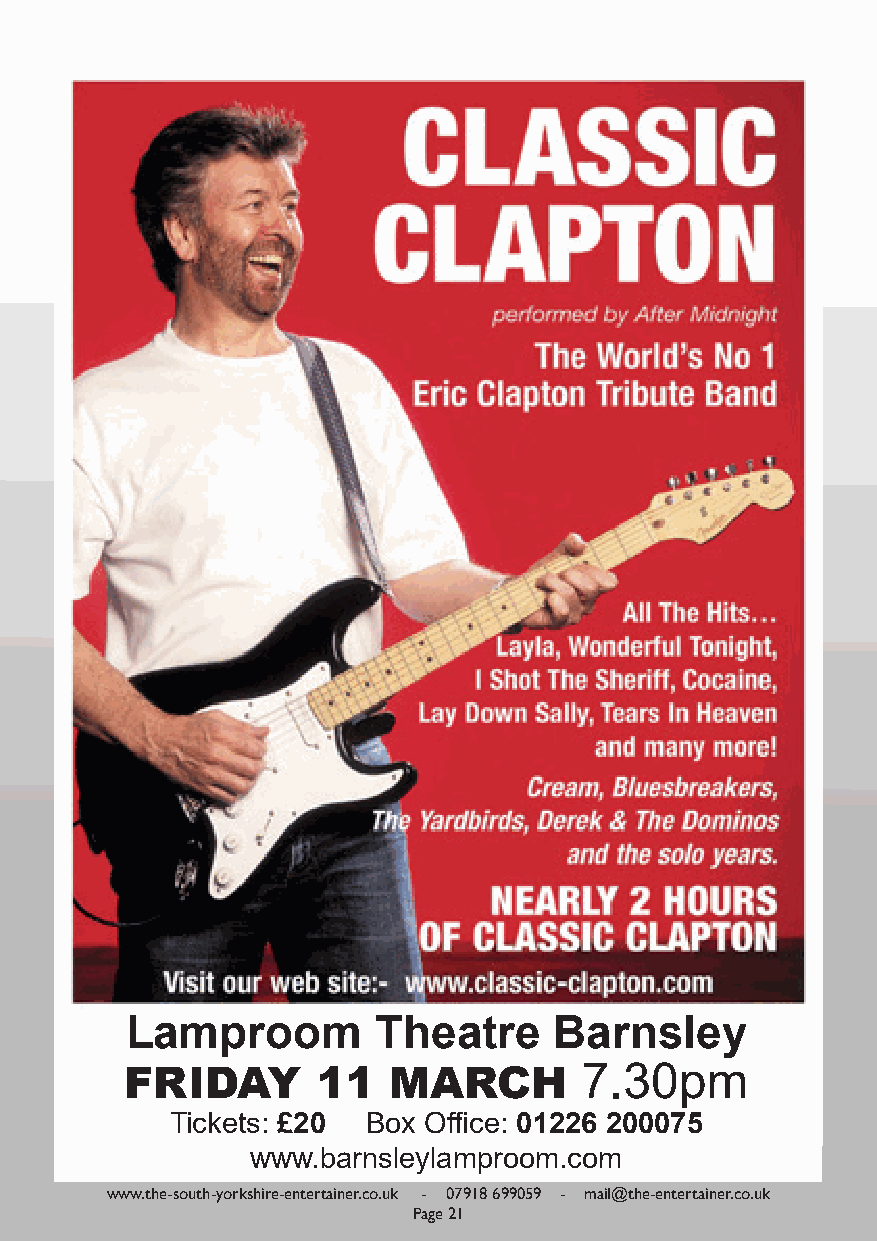
Lamproom         Theatre     Barnsley
 FRIDAY       11   MARCH       7.30pm
 Tickets: £20 Box Office: 01226 200075
 www.barnsleylamproom.com
 www.the-south-yorkshire-entertainer.co.uk - 07918 699059 - mail@the-entertainer.co.uk
 Page 21